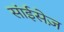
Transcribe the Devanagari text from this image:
सांईसेज़